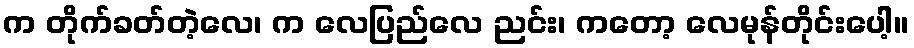
က တိုက်ခတ်တဲ့လေ၊ က လေပြည်လေ ညင်း၊ ကတော့ လေမုန်တိုင်းပေါ့။